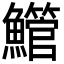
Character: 䲘